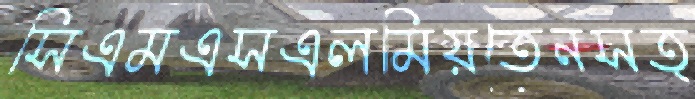
সিএমএসএলমিয়তেনসত্